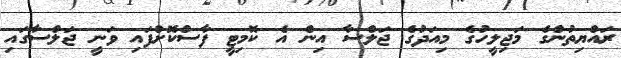
ރައްޔިތުންގެ މަޖިލީހުގެ މިއަދުގެ ޖަލްސާ އިން އެ ކޮމިޓީ ފާސްކޮށްފައި ވަނީ ޖަލްސާގައި